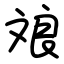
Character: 斏